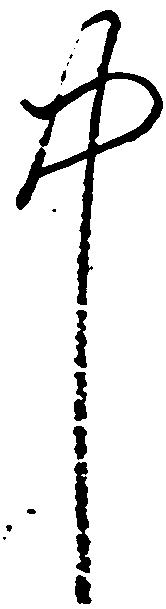
中